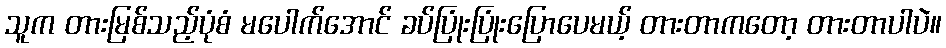
သူက တားမြစ်သည့်ပုံစံ မပေါက်အောင် ခပ်ပြုံးပြုံးပြောပေမယ့် တားတာကတော့ တားတာပါပဲ။